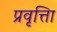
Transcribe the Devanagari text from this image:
प्रवृत्तिा